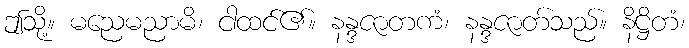
ဤသို့။ မညေမညာမိ၊ ငါထင်၏။ နန္ဒဇာတကံ၊ နန္ဒဇာတ်သည်။ နိဋ္ဌိတံ၊